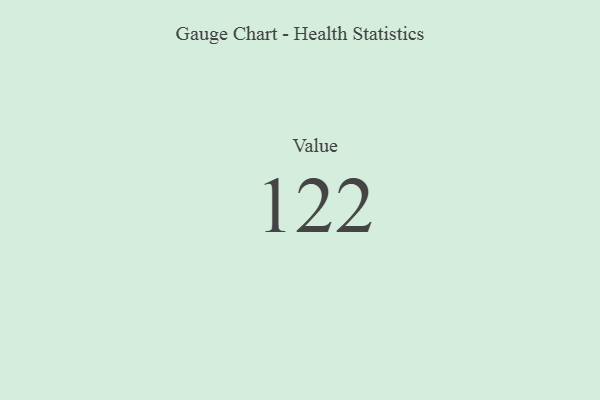
{"axis": {"x": "Metric", "y": "Value"}, "legend": [""], "data": [{"x": "Value", "y": 122, "type": ""}]}